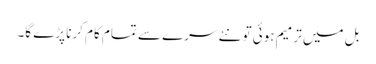
بل میں ترمیم ہوئی تو نئے سرے سے تمام کام کرنا پڑے گا۔